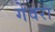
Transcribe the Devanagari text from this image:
गेवरा